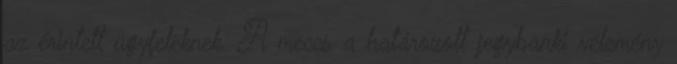
az érintett ügyfeleknek. A meccs a határozott jegybanki vélemény